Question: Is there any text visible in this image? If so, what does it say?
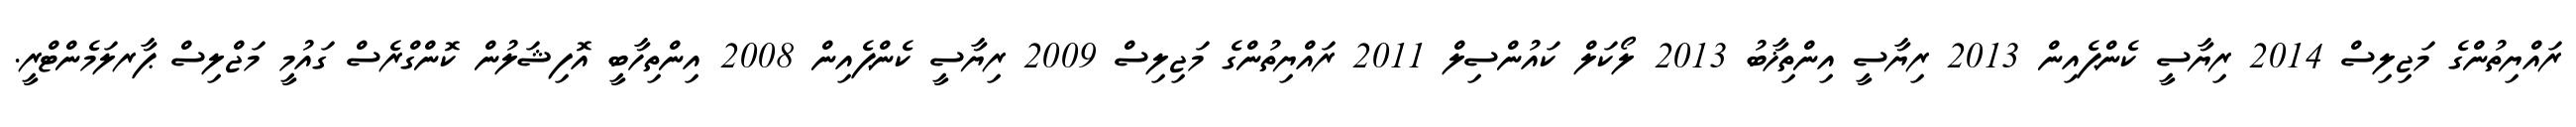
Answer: ރައްޔިތުންގެ މަޖިލިސް 2014 ރިޔާސީ ކެންޕެއިން 2013 ރިޔާސީ އިންތިޚާބު 2013 ލޯކަލް ކައުންސިލް 2011 ރައްޔިތުންގެ މަޖިލިސް 2009 ރިޔާސީ ކެންޕެއިން 2008 އިންތިހާބީ އޮފިޝަލުން ކޮންގްރެސް ގައުމީ މަޖްލިސް ޕާރލަމެންޓްރީ.